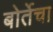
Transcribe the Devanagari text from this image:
बोर्तेचा